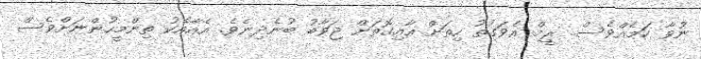
ނުވާ ކަމެއްވެސް.. ރީމް އެވަގުތު ހިތަށް އާއިގޮތަށް ޖަވާބު ބުނެދިނެވެ. އެއާއެކު ތިންމީހުންނަށްވެސް